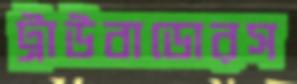
ট্রাউবাডোরস